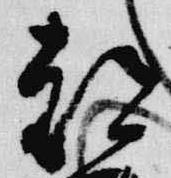
都